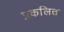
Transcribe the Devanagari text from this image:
प्रकलित